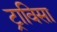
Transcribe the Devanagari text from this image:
ट्राविसा